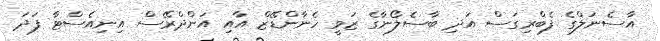
އާސެނަލްގެ ފެބްރިގަސް އަދި ބާސެލޯނާގެ ޒަވީ ހެނާންޑޭޒް އާއި އަންދްރޭސް އިނިއެސްޓާ ފަދަ